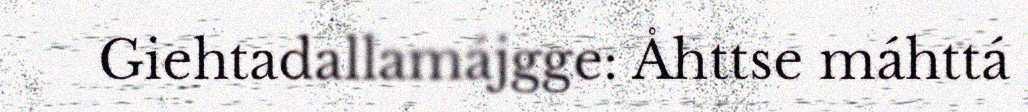
Giehtadallamájgge: Åhttse máhttá